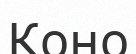
Коно